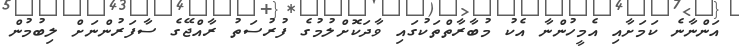
އަންނާނެ ކަމަށާއި އެމީހުންނާ އެކު މުބާރާތްތަކުގައި ވާދަކޮށްލުމުގެ ފުރުސަތު ރާއްޖޭގެ ސާފަރުންނަށް ލިބުމުން